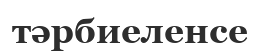
тәрбиеленсе